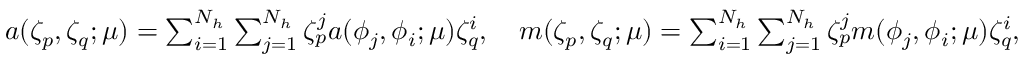
\begin{array} { r } { a ( \zeta _ { p } , \zeta _ { q } ; \mu ) = \sum _ { i = 1 } ^ { N _ { h } } \sum _ { j = 1 } ^ { N _ { h } } \zeta _ { p } ^ { j } a ( \phi _ { j } , \phi _ { i } ; \mu ) \zeta _ { q } ^ { i } , \quad m ( \zeta _ { p } , \zeta _ { q } ; \mu ) = \sum _ { i = 1 } ^ { N _ { h } } \sum _ { j = 1 } ^ { N _ { h } } \zeta _ { p } ^ { j } m ( \phi _ { j } , \phi _ { i } ; \mu ) \zeta _ { q } ^ { i } , } \end{array}